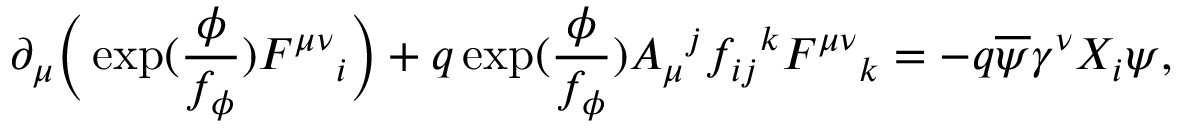
\partial _ { \mu } \Big ( \exp ( \frac { \phi } { f _ { \phi } } ) F ^ { \mu \nu } { } _ { i } \Big ) + q \exp ( \frac { \phi } { f _ { \phi } } ) A _ { \mu } { } ^ { j } f _ { i j } { } ^ { k } F ^ { \mu \nu } { } _ { k } = - q \overline { { { \psi } } } \gamma ^ { \nu } X _ { i } \psi ,